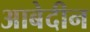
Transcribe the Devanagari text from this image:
आबेदीन